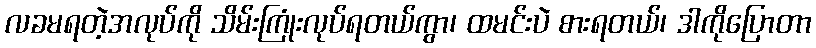
လခမရတဲ့အလုပ်ကို သိမ်းကြုံးလုပ်ရတယ်ကွာ၊ ထမင်းပဲ စားရတယ်၊ ဒါကိုပြောတာ